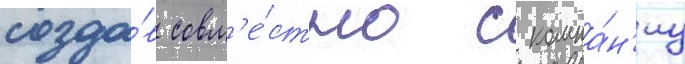
созда́в совм'е́стно с компа́н'иу